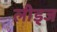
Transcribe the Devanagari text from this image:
लीड्ज